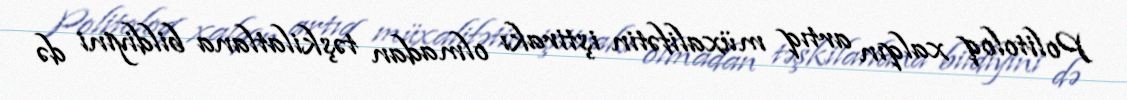
Politoloq xalqın artıq müxalifətin iştirakı olmadan təşkilatlana bildiyini də